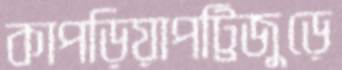
কাপড়িয়াপট্টিজুড়ে